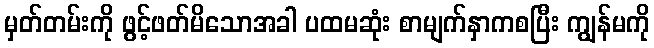
မှတ်တမ်းကို ဖွင့်ဖတ်မိသောအခါ ပထမဆုံး စာမျက်နှာကစပြီး ကျွန်မကို